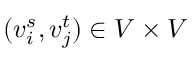
( v _ { i } ^ { s } , v _ { j } ^ { t } ) \in V \times V